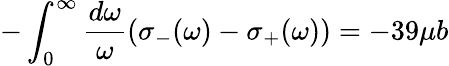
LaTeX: -\int_{0}^{\infty}{\frac{d\omega}{\omega}}(\sigma_{-}(\omega)-\sigma_{+}(\omega))=-39\mu b